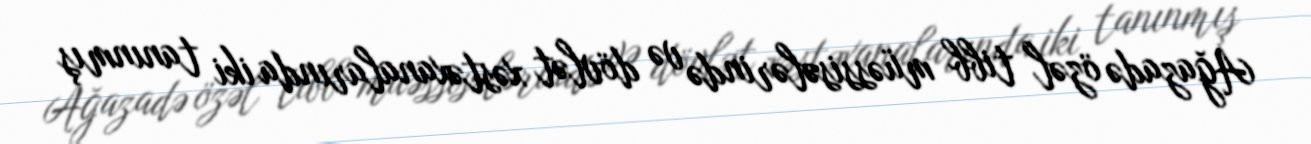
Ağazadə özəl tibb müəssisələrində və dövlət xəstəxanalarında iki tanınmış